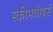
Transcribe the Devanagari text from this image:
स्कीमबोर्ड्स